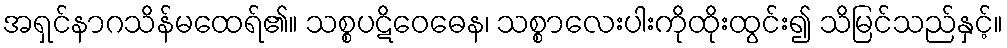
အရှင်နာဂသိန်မထေရ်၏။ သစ္စပဋိဝေဓေန၊ သစ္စာလေးပါးကိုထိုးထွင်း၍ သိမြင်သည်နှင့်။